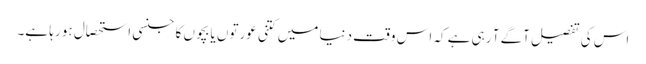
اس کی تفصیل آگے آ رہی ہے کہ اس وقت دنیا میں کتنی عورتوں یا بچوں کا جنسی استحصال ہو رہا ہے۔